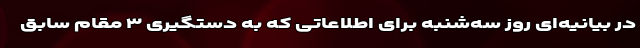
در بیانیه‌ای روز سه‌شنبه برای اطلاعاتی که به دستگیری ۳ مقام سابق